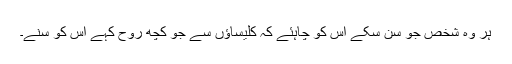
ہر وہ شخص جو سن سکے اس کو چاہئے کہ کلیساؤں سے جو کچھ روح کہے اس کو سنے۔